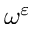
\omega ^ { \varepsilon }